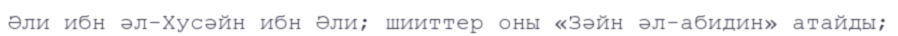
Әли ибн әл-Хусәйн ибн Әли; шииттер оны «Зәйн әл-абидин» атайды;